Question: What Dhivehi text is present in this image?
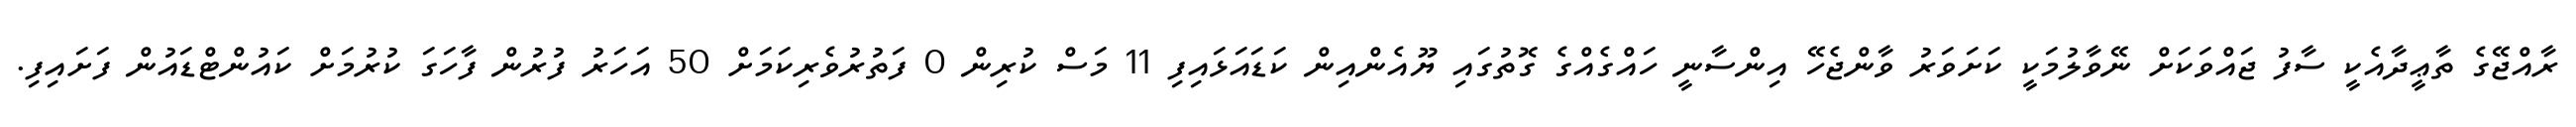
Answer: ރާއްޖޭގެ ތާޢީދާއެކީ ސާފު ޖައްވަކަށް ނޭވާލުމަކީ ކަށަވަރު ވާންޖެހޭ އިންސާނީ ހައްގެއްގެ ގޮތުގައި ޔޫއެންއިން ކަޑައަޅައިފި 11 މަސް ކުރިން 0 ފަތުރުވެރިކަމަށް 50 އަހަރު ފުރުން ފާހަގަ ކުރުމަށް ކައުންޓްޑައުން ފަށައިފި.